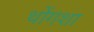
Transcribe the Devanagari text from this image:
थोंगशा